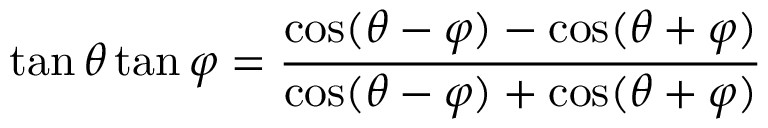
\tan \theta \tan \varphi = { \frac { \cos ( \theta - \varphi ) - \cos ( \theta + \varphi ) } { \cos ( \theta - \varphi ) + \cos ( \theta + \varphi ) } }